Indian journal of veterinary science and animal husbandry - Volume 2,
Year: 1932
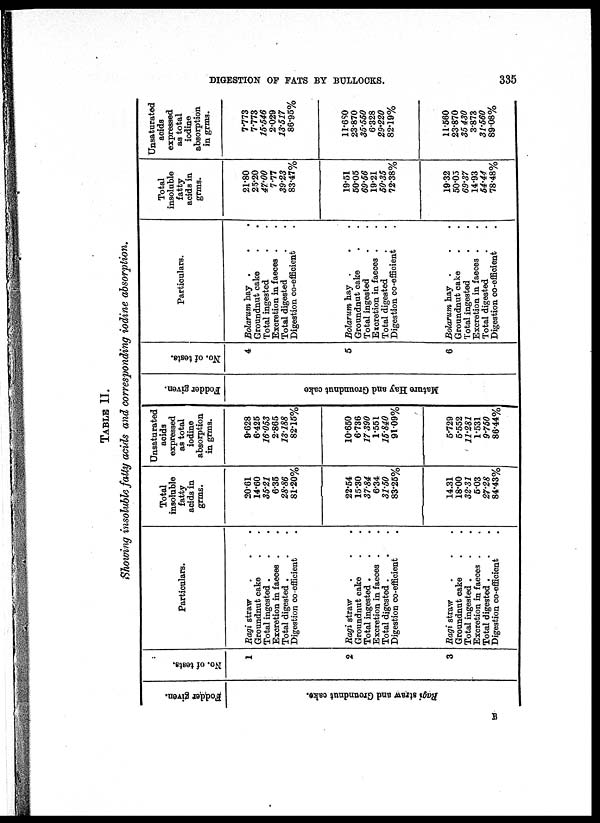
DIGESTION OF FATS BY BULLOOKS.
335
TABLE II.
Showing insoluble fatty acids and corresponding iodine absorption.
Fodder given.
Ragi straw and Gr oundnut cake.
No. of tests.
1
2
3
Particulars.
Ragi straw
.
.
.
Groundnut cake . .
Total ingested . . .
Excretion in faeces . .
Total digested . . .
Digestion co-efficient .
Ragi straw . . .
Groundnut cake . .
Total ingested . . .
Excretion in faeces . .
Total digested . . .
Digestion co-efficient .
Ragi straw . . .
Groundnut cake . .
Total ingested . . .
Excretion in faeces . .
Total digested . . .
Digestion co-efficient .
Total
insoluble
fatty
acids in
grms.
20.61
14.60
35.21
6.35
28.86
81.20%
22.54
15.30
37.84
6.34
31.50
83.25%
14.31
18.00
32.31
5.03
27.28
84.43%
Unsaturated
acids
expressed
as total
iodine
absorption
in grms.
9.628
6.425
16.053
2.865
13.188
82.15%
10.650
6.736
17.390
1.551
15.840
91.09%
5.729
5.552
11.281
1.531
9.750
86.44%
Fodder given.
Ma t
ur e Hay and Groundnut cake
No. of t est s.
4
5
6
Particulars.
Bolarum Lay . . .
Groundnut cake . .
Total ingested . .
Excretion in faeces . .
Total digested . .
Digestion co-efficient .
Bolarum hay . . .
Groundnut cake . .
Total ingested . .
Excretion in faeces . .
Total digested . .
Digestion co-efficient .
Bolarum hay . . .
Groundnut cake . .
Total ingested . .
Excretion in faeces . .
Total digested . .
Digestion co-efficient .
Total
insoluble
fatty
acids in
grms.
21.80
25.20
47.00
7.77
39.23
83.47%
19.51
50.05
69.56
19.21
50.35
72.38%
19.32
50.05
69.37
14.93
54.44
78.48%
Unsaturated
acids
expressed
as total
iodine
absorption
in grms.
7.773
7.773
15.546
2.029
13.517
86.95%
11.680
23.870
35.550
6.328
29.220
82.19%
11.560
23.870
35.430
3.873
31.560
89.08%
B